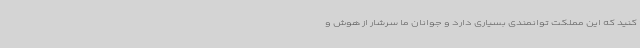
کنید که این مملکت توانمندی بسیاری دارد و جوانان ما سرشار از هوش و